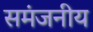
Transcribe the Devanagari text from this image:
समंजनीय